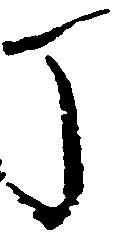
丁